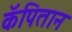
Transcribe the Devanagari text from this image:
कॅपितान